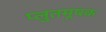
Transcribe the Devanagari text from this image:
प्लुतमूषक